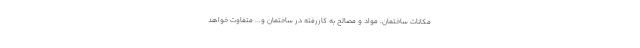
مکانات ساختمان، مواد و مصالح به کاررفته در ساختمان و... متفاوت خواهد